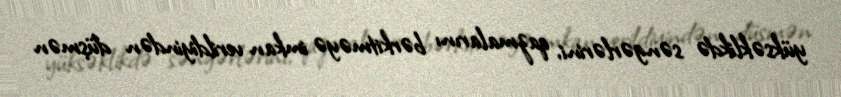
yüksəklikdə səngərlərini, qazmalarını bərkitməyə imkan verildiyindən düşmən